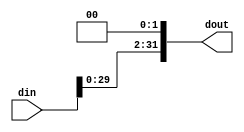
module shiftLeft2 (input [32-1:0] din,
                   output [32-1:0] dout
                   );
  
  assign dout = {din[32-3:0],2'b00};
  
endmodule